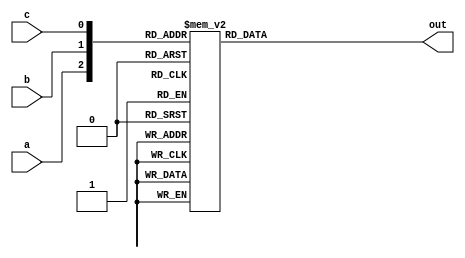
`timescale 1ns/1ns
module decoder3_8(a,b,c,out);
	input a;
	input b;
	input c;

	output [7:0]out;
	reg[7:0]out;

	always@(a,b,c) begin
		case({a,b,c})
			3'b000:out = 8'b0000_0001;
			3'b001:out = 8'b0000_0010;
			3'b010:out = 8'b0000_0100;
			3'b011:out = 8'b0000_1000;
			3'b100:out = 8'b0001_0000;
			3'b101:out = 8'b0010_0000;
			3'b110:out = 8'b0100_0000;
			3'b111:out = 8'b1000_0000;
		endcase

	end
endmodule